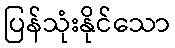
ပြန်သုံးနိုင်သော